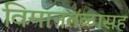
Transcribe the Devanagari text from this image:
विमानतळासह